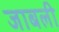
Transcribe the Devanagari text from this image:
जाबली